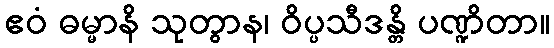
ဧဝံ ဓမ္မာနိ သုတွာန၊ ဝိပ္ပသီဒန္တိ ပဏ္ဍိတာ။